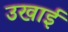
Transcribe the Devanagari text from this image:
उखाई